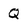
Character: Q